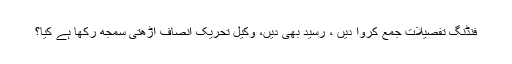
فنڈنگ تفصیلات جمع کروا دیں ، رسید بھی دیں، وکیل تحریک انصاف آڑھتی سمجھ رکھا ہے کیا؟